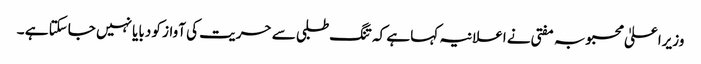
وزیراعلیٰ محبوبہ مفتی نے اعلانیہ کہا ہے کہ تنگ طلبی سے حریت کی آواز کو دبایا نہیں جاسکتا ہے ۔